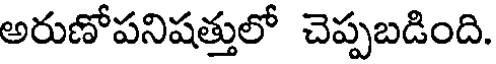
అరుణోపనిషత్తులో చెప్పబడింది.